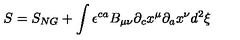
S = S _ { N G } + \int { \epsilon } ^ { c a } B _ { \mu \nu } { \partial } _ { c } x ^ { \mu } { \partial } _ { a } x ^ { \nu } d ^ { 2 } { \xi }